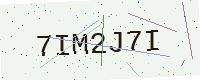
Text: 7IM2J7I